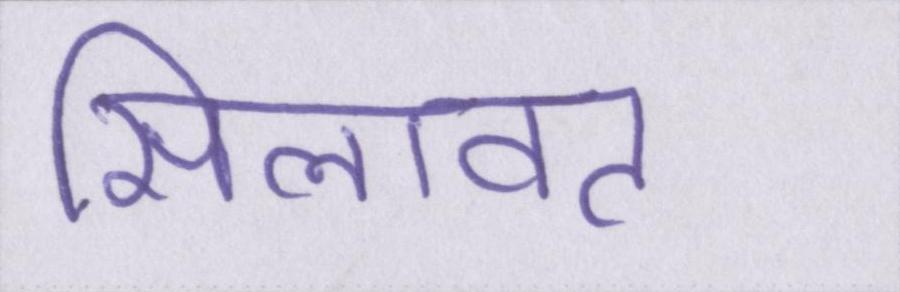
सिलावट